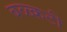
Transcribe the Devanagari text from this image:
बळ्कटी